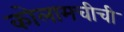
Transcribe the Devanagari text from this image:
कोलामचीची